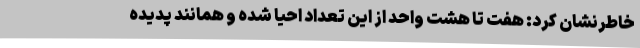
خاطرنشان کرد: هفت تا هشت واحد از این تعداد احیا شده و همانند پدیده